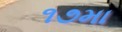
૧૭મા